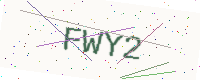
Text: FWY2